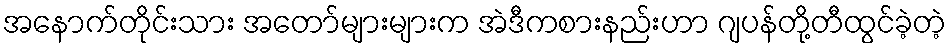
အနောက်တိုင်းသား အတော်များများက အဲဒီကစားနည်းဟာ ဂျပန်တို့တီထွင်ခဲ့တဲ့